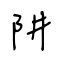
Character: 阱